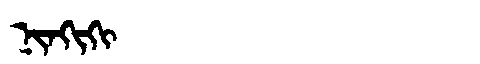
Manchu: ᠨᡳᠨᡴᡳᡴᡳ
Romanization: NINKIKI